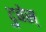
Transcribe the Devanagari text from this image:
टुबेस्